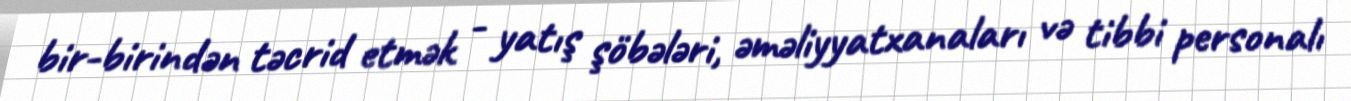
bir-birindən təcrid etmək - yatış şöbələri, əməliyyatxanaları və tibbi personalı